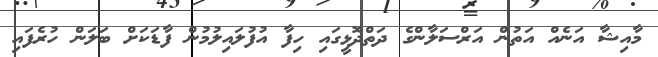
މާއިޝާ އަނެއް އަތުން އަރްސަލާންގެ ދަތްދޮޅީގައި ހިފާ އުފުލައިލުމުން ފާޑަކަށް ބަލަން ހުރެފައި